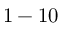
1 - 1 0